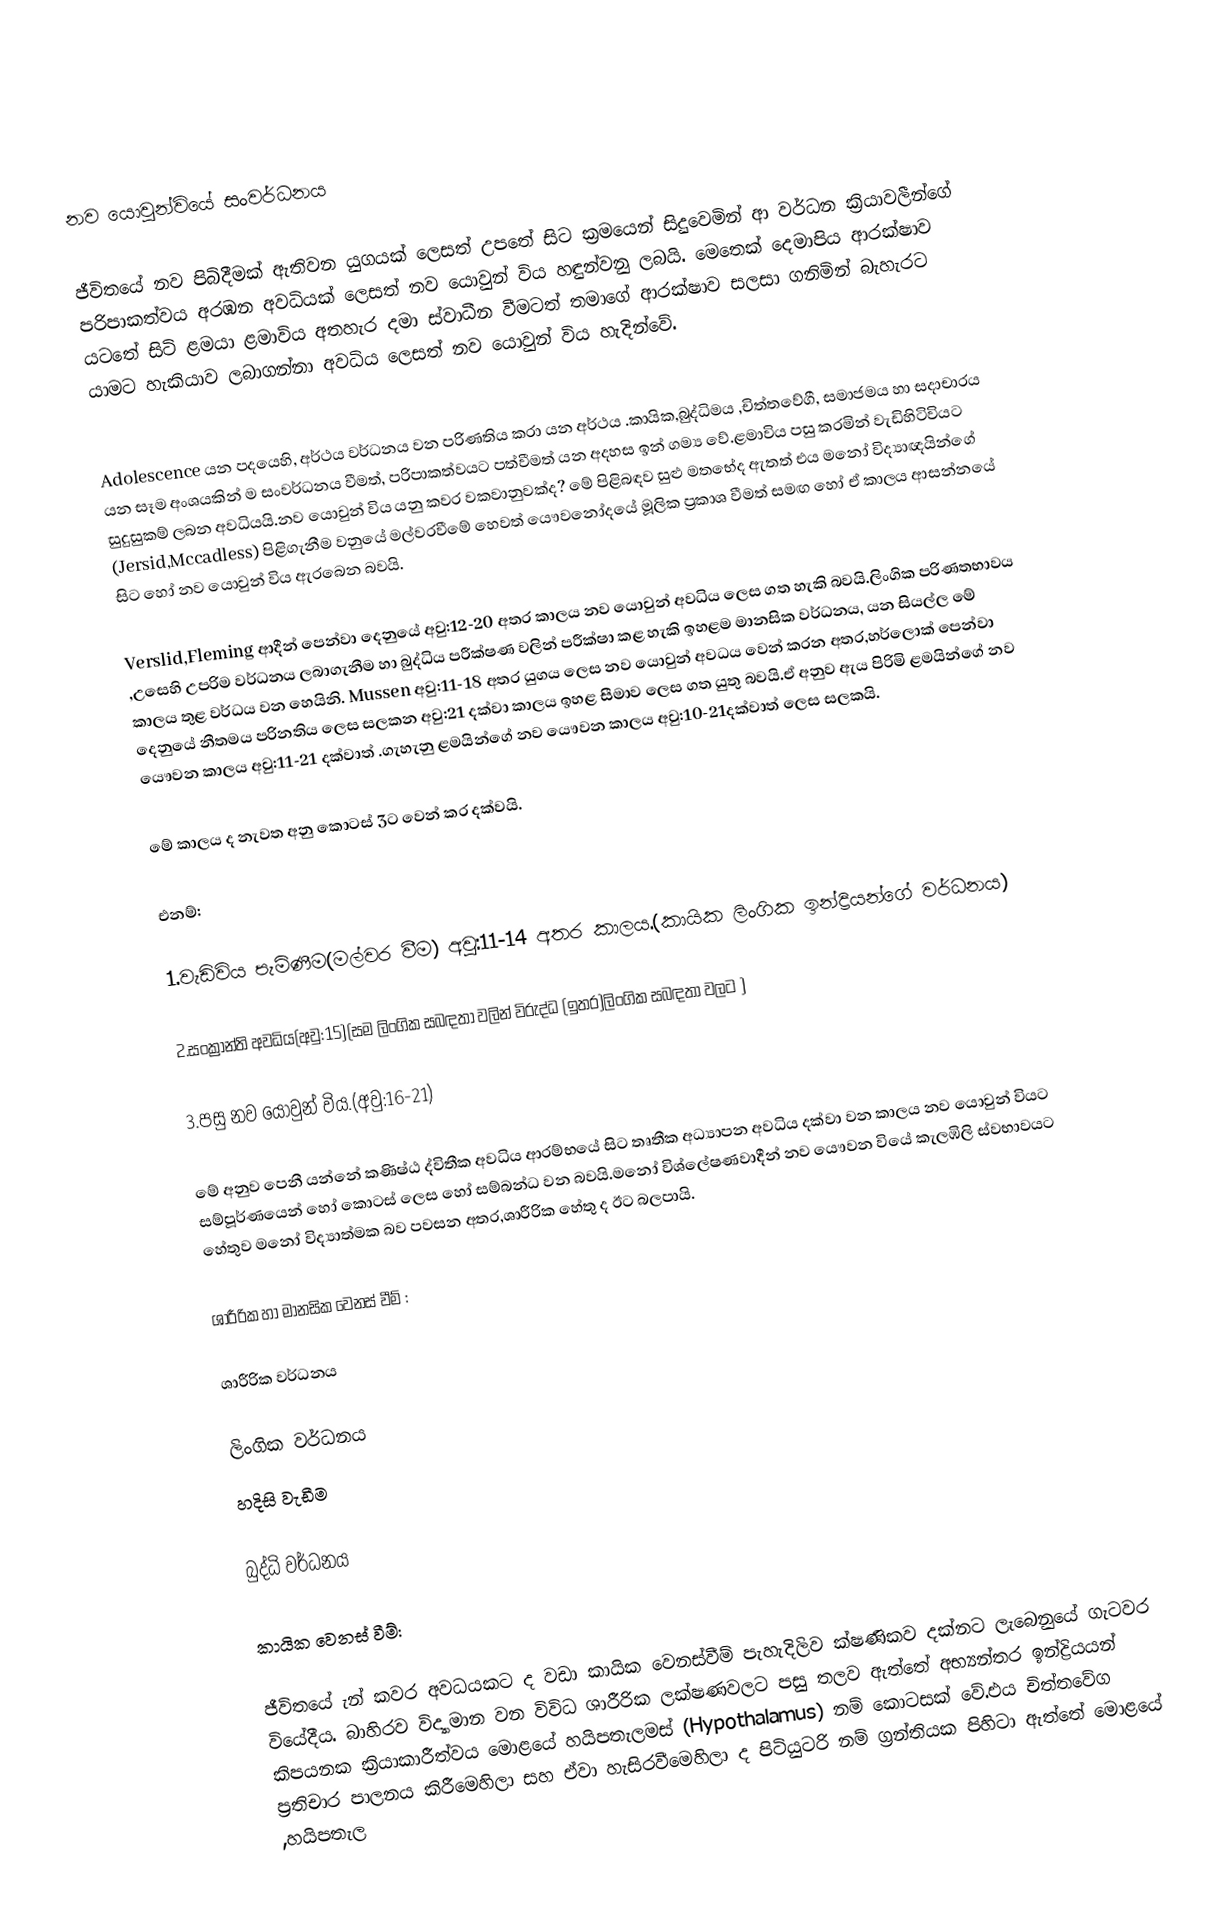

නව යොවුන්වියේ සංවර්ධනය

ජීවිතයේ නව පිබිදීමක් ඇතිවන යුගයක් ලෙසත් උපතේ සිට ක්‍රමයෙන් සිදුවෙමින් ආ වර්ධන ක්‍රියාවලීන්ගේ පරිපාකත්වය අරඹන අවධියක් ලෙසත් නව යොවුන් විය හඳුන්වනු ලබයි. මෙතෙක් දෙමාපිය ආරක්ෂාව යටතේ සිටි ළමයා ළමාවිය අතහැර දමා ස්වාධීන වීමටත් තමාගේ ආරක්ෂාව සලසා ගනිමින් බැහැරට යාමට හැකියාව ලබාගන්නා අවධිය ලෙසත් නව යොවුන් විය හැදින්වේ.

		Adolescence යන පදයෙහි, අර්ථය වර්ධනය වන පරිණතිය කරා යන අර්ථය .කායික,බුද්ධිමය ,චිත්තවේගී, සමාජමය හා සදාචාරය යන සෑම අංශයකින් ම සංවර්ධනය වීමත්, පරිපාකත්වයට පත්වීමත් යන අදහස ඉන් ගම්‍ය වේ.ළමාවිය පසු කරමින් වැඩිහිටිවියට සුදුසුකම් ලබන අවධියයි.නව යොවුන් විය යනු කවර වකවානුවක්ද? මේ පිළිබඳව සුළු මතභේද ඇතත් එය මනෝ විද්‍යාඥයින්ගේ (Jersid,Mccadless) පිළිගැනීම වනුයේ මල්වරවීමේ හෙවත් යෞවනෝදයේ මූලික ප්‍රකාශ වීමත් සමඟ හෝ ඒ කාලය ආසන්නයේ සිට හෝ නව යොවුන් විය ඇරබෙන බවයි.

Verslid,Fleming ආදීන් පෙන්වා දෙනුයේ අවු:12-20 අතර කාලය නව යොවුන් අවධිය ලෙස ගත හැකි බවයි.ලිංගික පරිණතභාවය ,උසෙහි උපරිම වර්ධනය ලබාගැනීම හා බුද්ධිය  පරීක්ෂණ වලින් පරීක්ෂා කළ හැකි ඉහළම මානසික වර්ධනය, යන සියල්ල මේ කාලය තුළ වර්ධය වන හෙයිනි. Mussen අවු:11-18 අතර යුගය ලෙස නව යොවුන් අවධය වෙන් කරන අතර,හර්ලොක් පෙන්වා දෙනුයේ නීතමය පරිනතිය ලෙස සලකන අවු:21 දක්වා කාල‍ය ඉහළ සීමාව ලෙස ගත යුතු බවයි.ඒ අනුව ඇය පිරිමි ළමයින්ගේ නව යෞවන කාලය අවු:11-21 දක්වාත් .ගැහැනු ළමයින්ගේ නව යෞවන කාලය අවු:10-21දක්වාත් ලෙස සලකයි.

	‍මේ කාලය ද නැවත අනු කොටස් 3ට වෙන් කර දක්වයි.

	එනම්:

	1.වැඩිවිය පැමිණීම(මල්වර වීම) අවු:11-14 අතර කාලය.(කායික ලිංගික ඉන්ද්‍රියන්ගේ වර්ධනය)

	2.සංක්‍රාන්ති අවධිය(අවු:15)(සම ලිංගික සබඳතා වලින් විරුද්ධ (ඉතර)ලිංගික සබඳතා වලට )

	3.පසු නව යොවුන් විය.(අවු:16-21)

මේ අනුව පෙනී යන්නේ කණිෂ්ඨ ද්විතීක අවධිය ආරම්භයේ සිට තෘතීක අධ්‍යාපන අවධිය දක්වා වන කාලය නව යොවුන් වියට සම්පූර්ණයෙන් හෝ කොටස් ලෙස හෝ සම්බන්ධ වන බවයි.මනෝ විශ්ලේෂණවාදීන් නව යෞවන වියේ කැලඹිලි ස්වභාවයට හේතුව මනෝ විද්‍යාත්මක බව පවසන අතර,ශාරීරික හේතු ද ඊට බලපායි.

ශාරීරික හා මානසික වෙනස් වීම් :

ශාරීරික වර්ධනය

ලිංගික වර්ධනය
හදිසි වැඩීම

බුද්ධි වර්ධනය

කායික වෙනස් වීම්:

	ජීවිතයේ ැන් කවර අවධයකට ද වඩා කායික වෙනස්වීම් පැහැදිලිව ක්ෂණිකව දක්නට ලැබෙනුයේ ගැටවර වියේදීය. බාහිරව විද්‍යාමාන වන විවිධ ශාරීරික ලක්ෂණවලට පසු තලව ඇත්තේ අභ්‍යන්තර ඉන්ද්‍රියයන් කිපයනක ක්‍රියාකාරීත්වය මොළයේ හයිපතැලමස් (Hypothalamus) නම් කොටසක් වේ.එය චිත්තවේග ප්‍රතිචාර පාලනය කිරීමෙහිලා  සහ ඒවා හැසිරවීමෙහිලා ද පිටියුටරි නම් ග්‍රන්තියක පිහිටා ඇත්තේ මොළයේ ,හයිපතැල